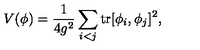
V ( \phi ) = \frac { 1 } { 4 g ^ { 2 } } \sum _ { i < j } \mathrm { t r } [ \phi _ { i } , \phi _ { j } ] ^ { 2 } ,